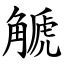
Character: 䚦